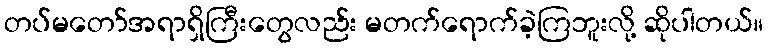
တပ်မတော်အရာရှိကြီးတွေလည်း မတက်ရောက်ခဲ့ကြဘူးလို့ ဆိုပါတယ်။